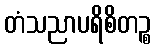
တံသညာပရိစိတဉ္စ